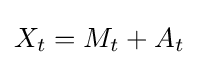
X_{t}=M_{t}+A_{t}